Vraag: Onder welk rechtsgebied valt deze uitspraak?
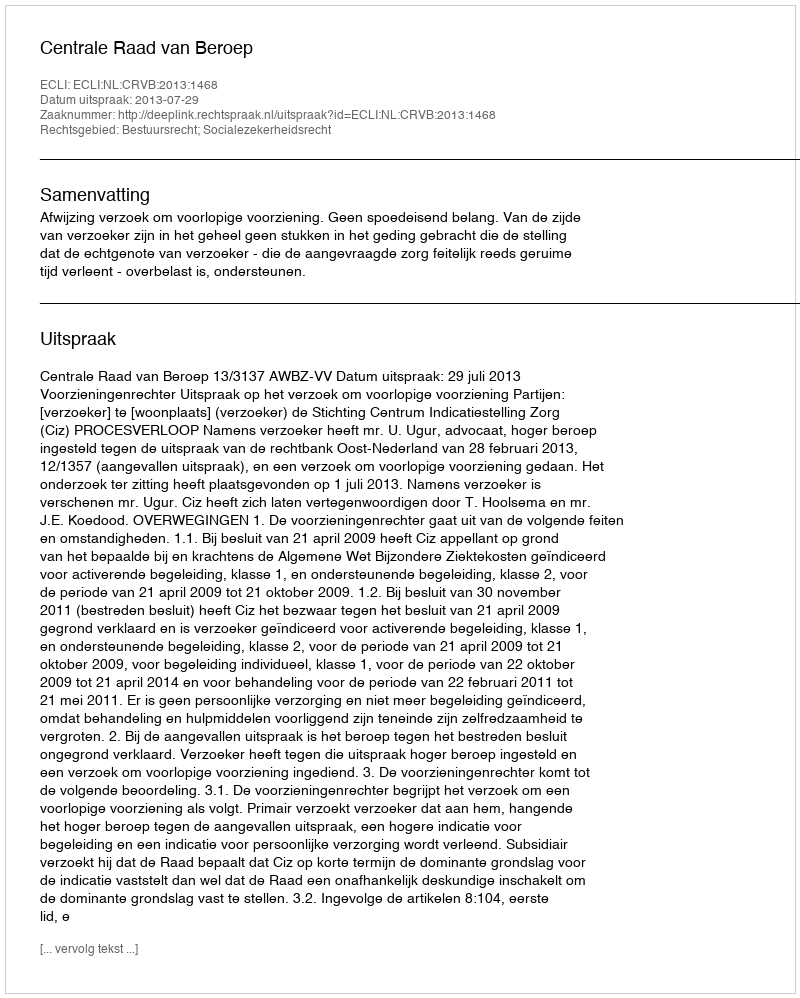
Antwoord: Bestuursrecht; Socialezekerheidsrecht